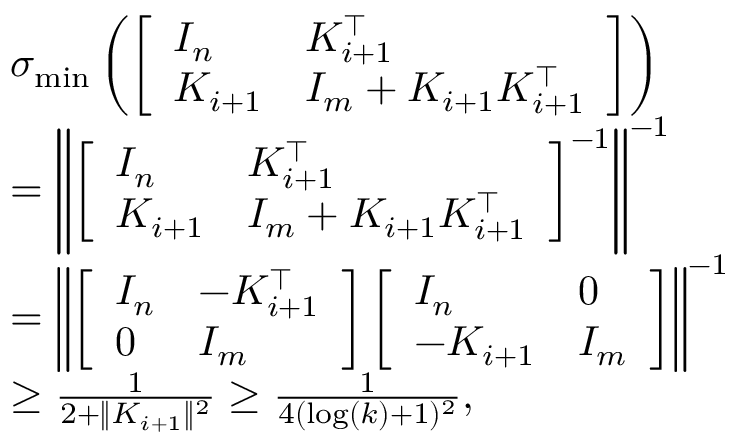
\begin{array} { r l } & { \sigma _ { \operatorname* { m i n } } \left( \left[ \begin{array} { l l } { I _ { n } } & { K _ { i + 1 } ^ { \top } } \\ { K _ { i + 1 } } & { I _ { m } + K _ { i + 1 } K _ { i + 1 } ^ { \top } } \end{array} \right] \right) } \\ & { = \left\| \left[ \begin{array} { l l } { I _ { n } } & { K _ { i + 1 } ^ { \top } } \\ { K _ { i + 1 } } & { I _ { m } + K _ { i + 1 } K _ { i + 1 } ^ { \top } } \end{array} \right] ^ { - 1 } \right\| ^ { - 1 } } \\ & { = \left\| \left[ \begin{array} { l l } { I _ { n } } & { - K _ { i + 1 } ^ { \top } } \\ { 0 } & { I _ { m } } \end{array} \right] \left[ \begin{array} { l l } { I _ { n } } & { 0 } \\ { - K _ { i + 1 } } & { I _ { m } } \end{array} \right] \right\| ^ { - 1 } } \\ & { \geq \frac { 1 } { 2 + \| K _ { i + 1 } \| ^ { 2 } } \geq \frac { 1 } { 4 ( \log ( k ) + 1 ) ^ { 2 } } , } \end{array}